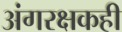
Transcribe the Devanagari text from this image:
अंगरक्षकही